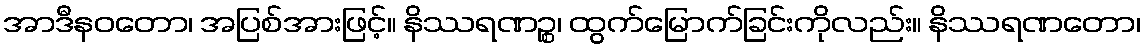
အာဒီနဝတော၊ အပြစ်အားဖြင့်။ နိဿရဏဉ္စ၊ ထွက်မြောက်ခြင်းကိုလည်း။ နိဿရဏတော၊